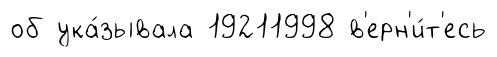
об ука́зывала 19211998 в'ерн'и́т'есь